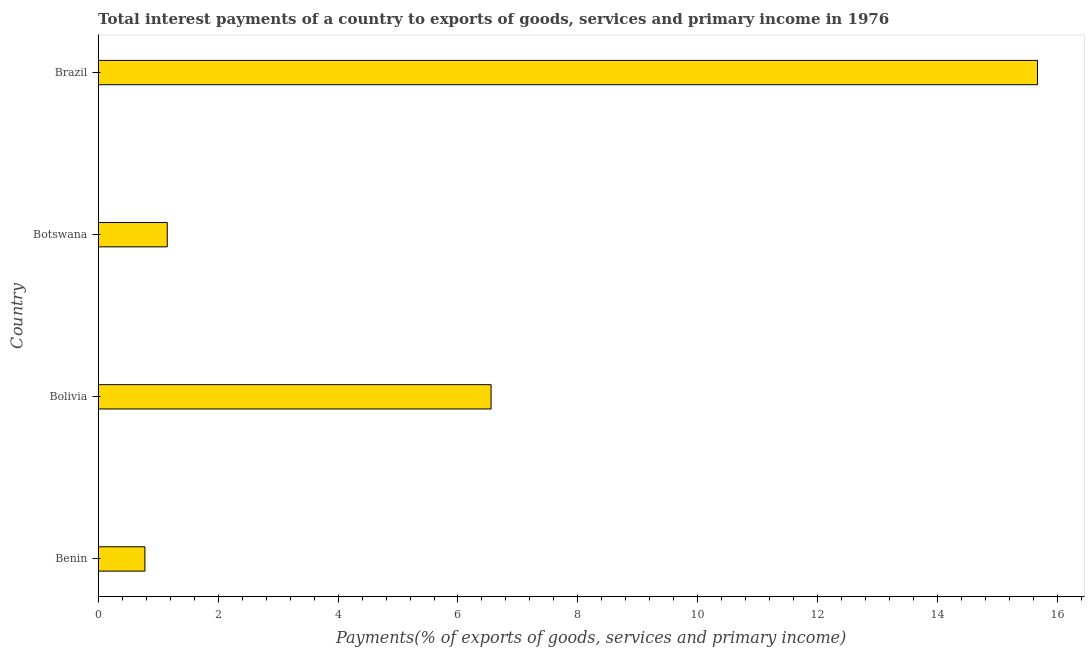
| Country | Interest payments on external debt |
 | --- | --- |
 | Benin | 0.781 |
 | Bolivia | 6.55 |
 | Botswana | 1.15 |
 | Brazil | 15.7 |